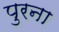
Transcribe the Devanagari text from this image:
पुरना